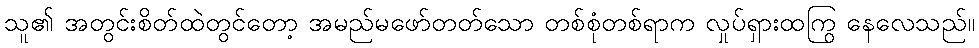
သူ၏ အတွင်းစိတ်ထဲတွင်တော့ အမည်မဖော်တတ်သော တစ်စုံတစ်ရာက လှုပ်ရှားထကြွ နေလေသည်။